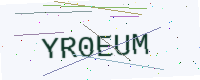
Text: YR0EUM